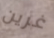
غرين